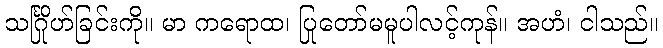
သင်္ဂြိုဟ်ခြင်းကို။ မာ ကရောထ၊ ပြုတော်မမူပါလင့်ကုန်။ အဟံ၊ ငါသည်။